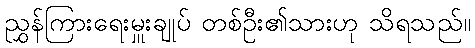
ညွှန်ကြားရေးမှူးချုပ် တစ်ဦး၏သားဟု သိရသည်။